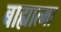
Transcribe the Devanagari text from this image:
बाह्यात्मा